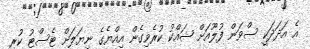
އެ އަދަދަކީ ސްވަން ފުލޫއަށް ޝައްކު ކުރެވިގެން އިއްޔެގެ ނިޔަލަށް ޓެސްޓު ކުރި